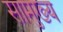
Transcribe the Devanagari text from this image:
सामुख्य